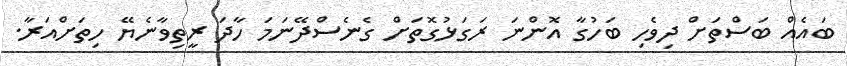
ބައެއް ބަސްތަށް ދިވެހި ބަހުގާ އޮންނަ ރަގަޅުގޮތަށް ގެނެސްދޭނަމަ ހާދަ ރީތިވާނެޔޭ ހިތަށްއަރާ.